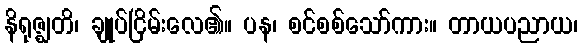
နိရုဇ္ဈတိ၊ ချုပ်ငြိမ်းလေ၏။ ပန၊ စင်စစ်သော်ကား။ တာယပညာယ၊